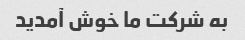
به شرکت ما خوش آمدید